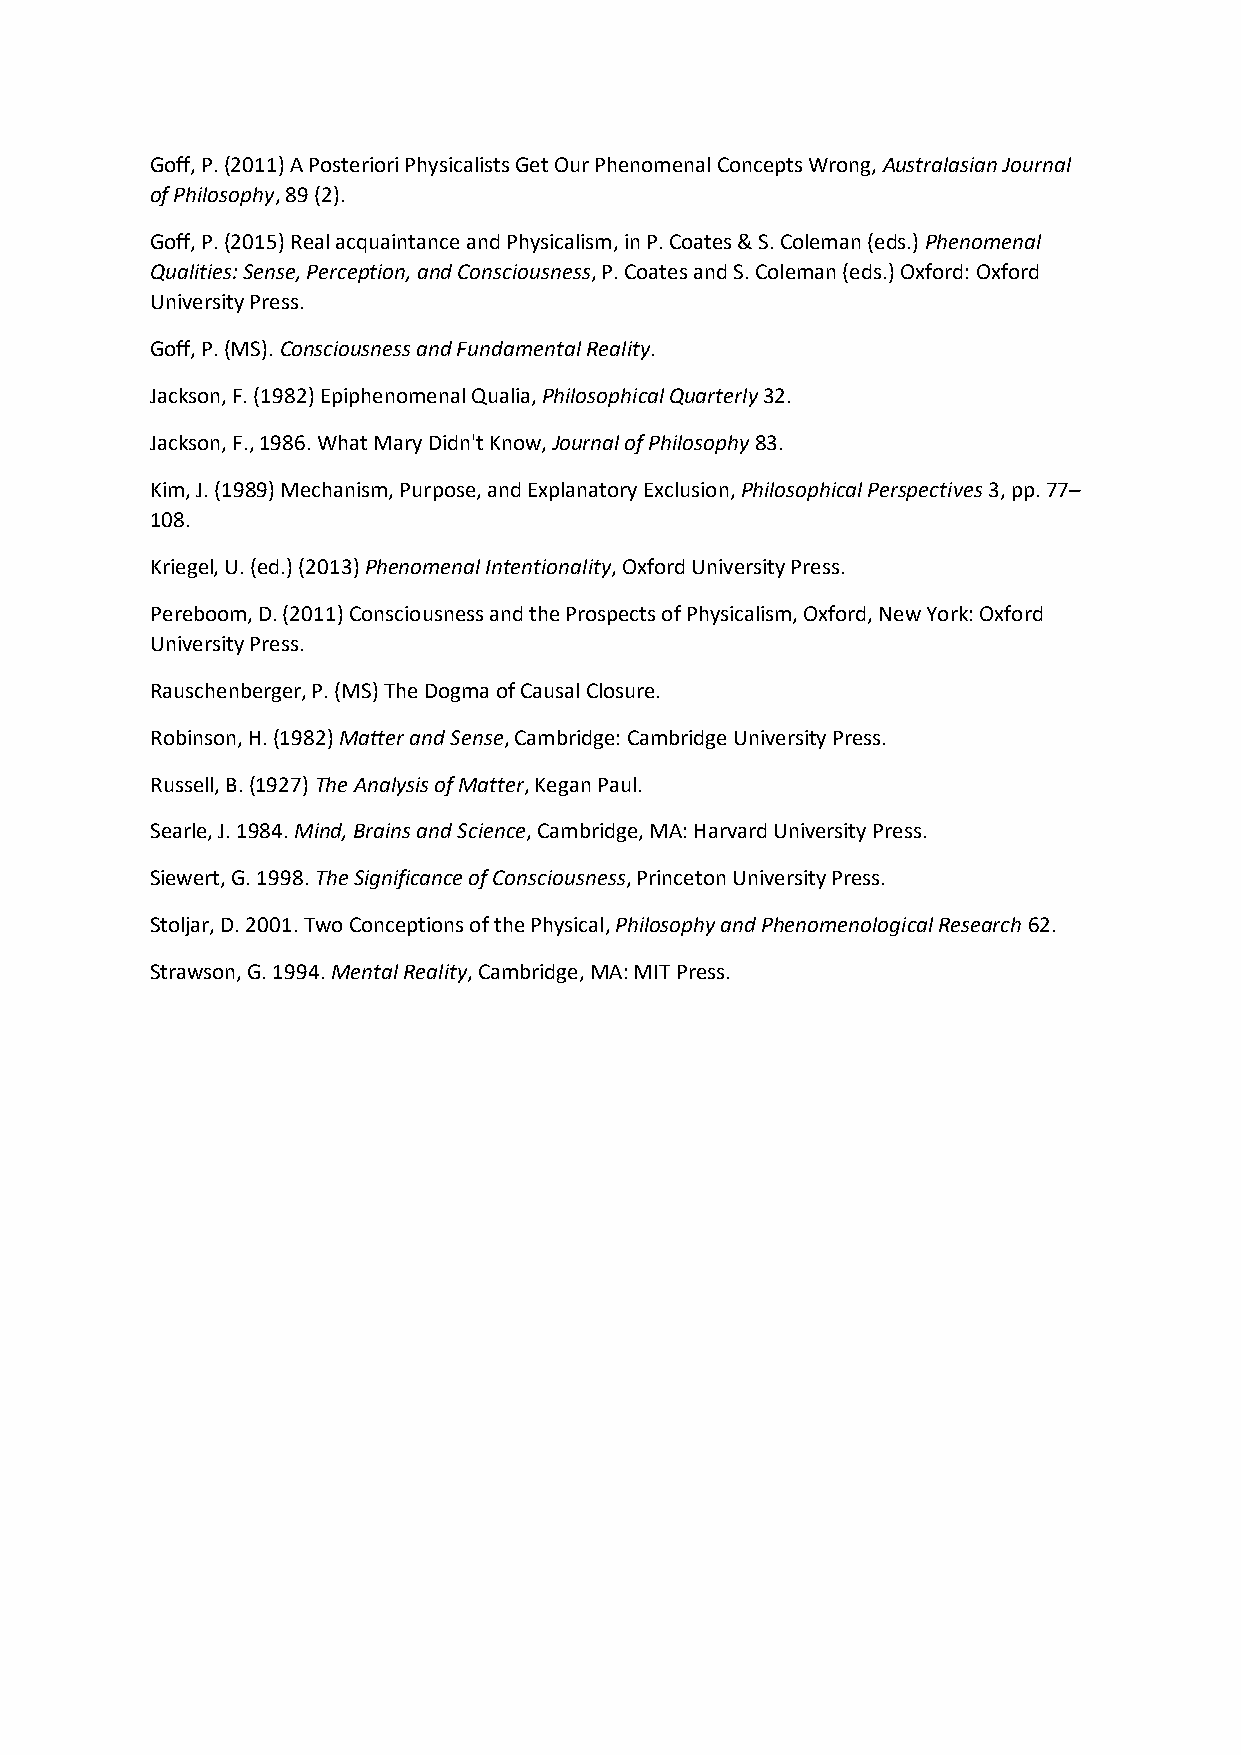
Goff, P. (2011) A Posteriori Physicalists Get Our Phenomenal Concepts Wrong, Australasian Journal
 of Philosophy, 89 (2).
 Goff, P. (2015) Real acquaintance and Physicalism, in P. Coates & S. Coleman (eds.) Phenomenal
 Qualities: Sense, Perception, and Consciousness, P. Coates and S. Coleman (eds.) Oxford: Oxford
 University Press.
 Goff, P. (MS). Consciousness and Fundamental Reality.
 Jackson, F. (1982) Epiphenomenal Qualia, Philosophical Quarterly 32.
 Jackson, F., 1986. What Mary Didn't Know, Journal of Philosophy 83.
 Kim, J. (1989) Mechanism, Purpose, and Explanatory Exclusion, Philosophical Perspectives 3, pp. 77–
 108.
 Kriegel, U. (ed.) (2013) Phenomenal Intentionality, Oxford University Press.
 Pereboom, D. (2011) Consciousness and the Prospects of Physicalism, Oxford, New York: Oxford
 University Press.
 Rauschenberger, P. (MS) The Dogma of Causal Closure.
 Robinson, H. (1982) Matter and Sense, Cambridge: Cambridge University Press.
 Russell, B. (1927) The Analysis of Matter, Kegan Paul.
 Searle, J. 1984. Mind, Brains and Science, Cambridge, MA: Harvard University Press.
 Siewert, G. 1998. The Significance of Consciousness, Princeton University Press.
 Stoljar, D. 2001. Two Conceptions of the Physical, Philosophy and Phenomenological Research 62.
 Strawson, G. 1994. Mental Reality, Cambridge, MA: MIT Press.